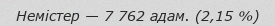
Немістер — 7 762 адам. (2,15 %)